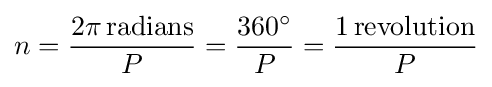
n={\frac {2\pi \,{\text{radians}}}{P}}={\frac {360^{\circ }}{P}}={\frac {1\,{\text{revolution}}}{P}}